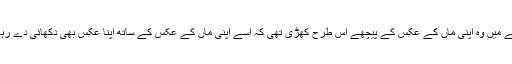
شیشے میں وہ اپنی ماں کے عکس کے پیچھے اس طرح کھڑی تھی کہ اُسے اپنی ماں کے عکس کے ساتھ اپنا عکس بھی دکھائی دے رہا تھا۔